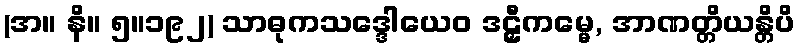
(အ။ နိ။ ၅။၁၉၂) သာဓုကသဒ္ဒေါယေဝ ဒဠှီကမ္မေ, အာဏတ္တိယန္တိပိ